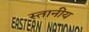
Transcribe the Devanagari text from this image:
स्तानीय